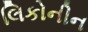
લિકોનીન